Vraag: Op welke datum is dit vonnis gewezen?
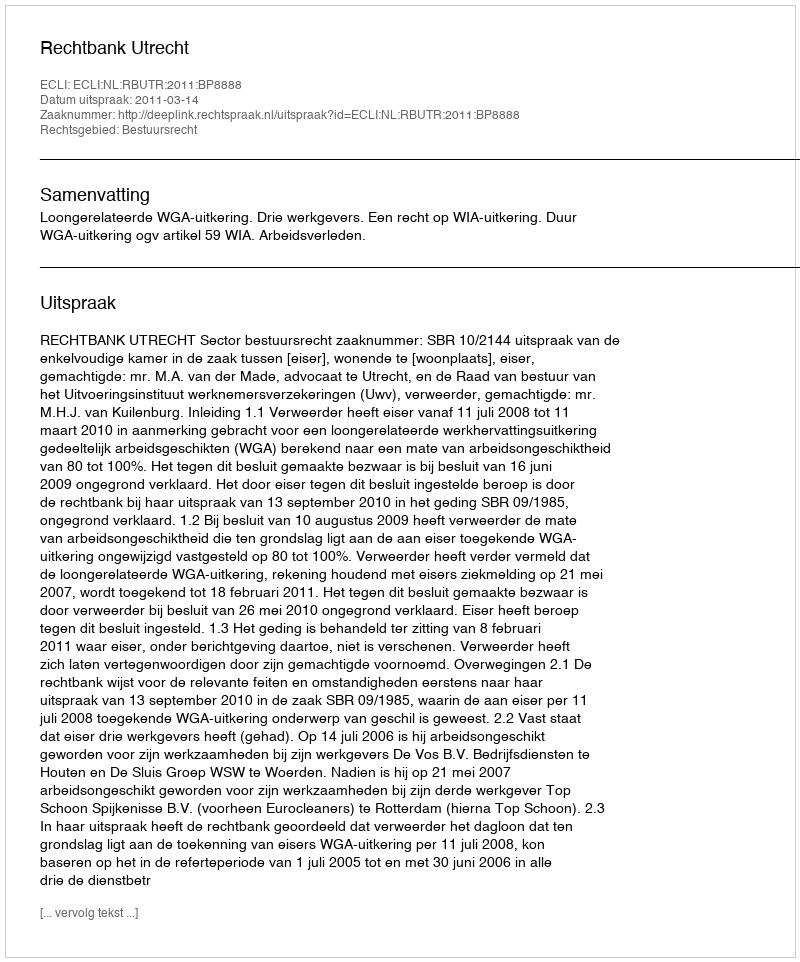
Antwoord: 2011-03-14